Annual report on the working of the mental hospitals in the Madras Presidency - 1912-1932
Year: 1912
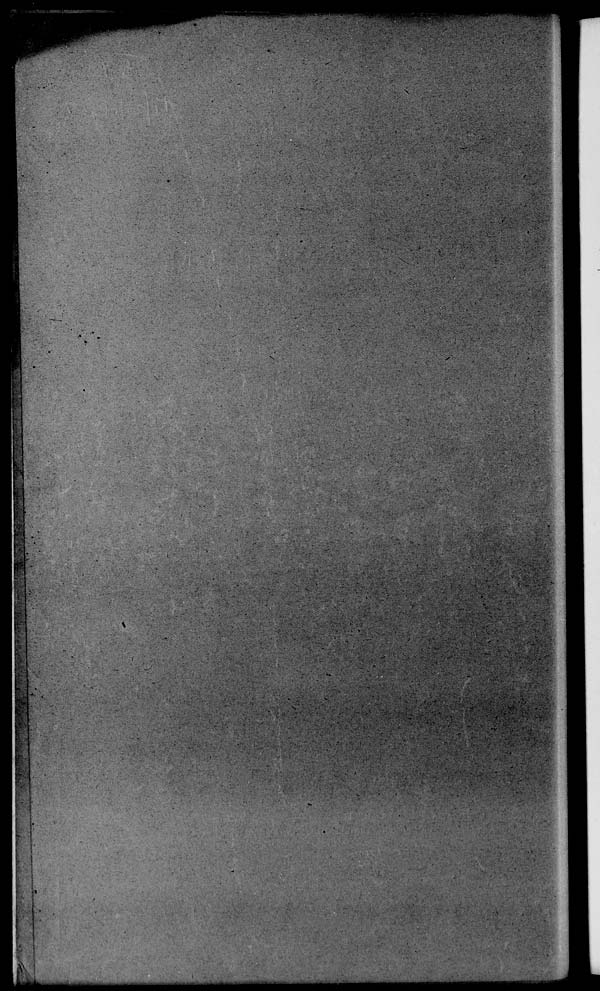
It- \
Mk ■■'
mmmam